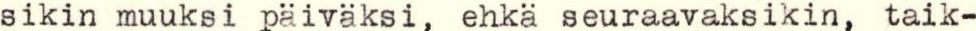
sikin muuksi päiväksi, ehkä seuraavaksikin, taik-